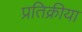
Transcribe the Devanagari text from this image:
प्रतिक्रीया